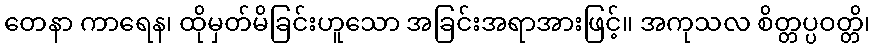
တေနာ ကာရေန၊ ထိုမှတ်မိခြင်းဟူသော အခြင်းအရာအားဖြင့်။ အကုသလ စိတ္တပ္ပဝတ္တိ၊